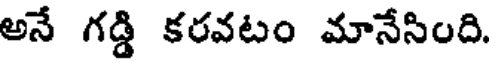
అనే గడ్డి కరవటం మానేసింది.